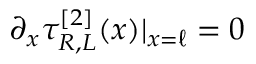
\partial _ { x } \tau _ { R , L } ^ { [ 2 ] } ( x ) | _ { x = \ell } = 0